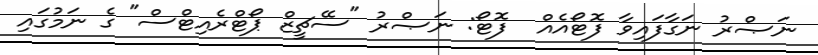
ނަޞްރު ނަގާފައިވާ ފޮޓޯއެއް  ފޮޓޯ: ނަޞްރު "ސޭޗީޒް ޕޯޓްރެއިޓްސް" ގެ ނަމުގައި